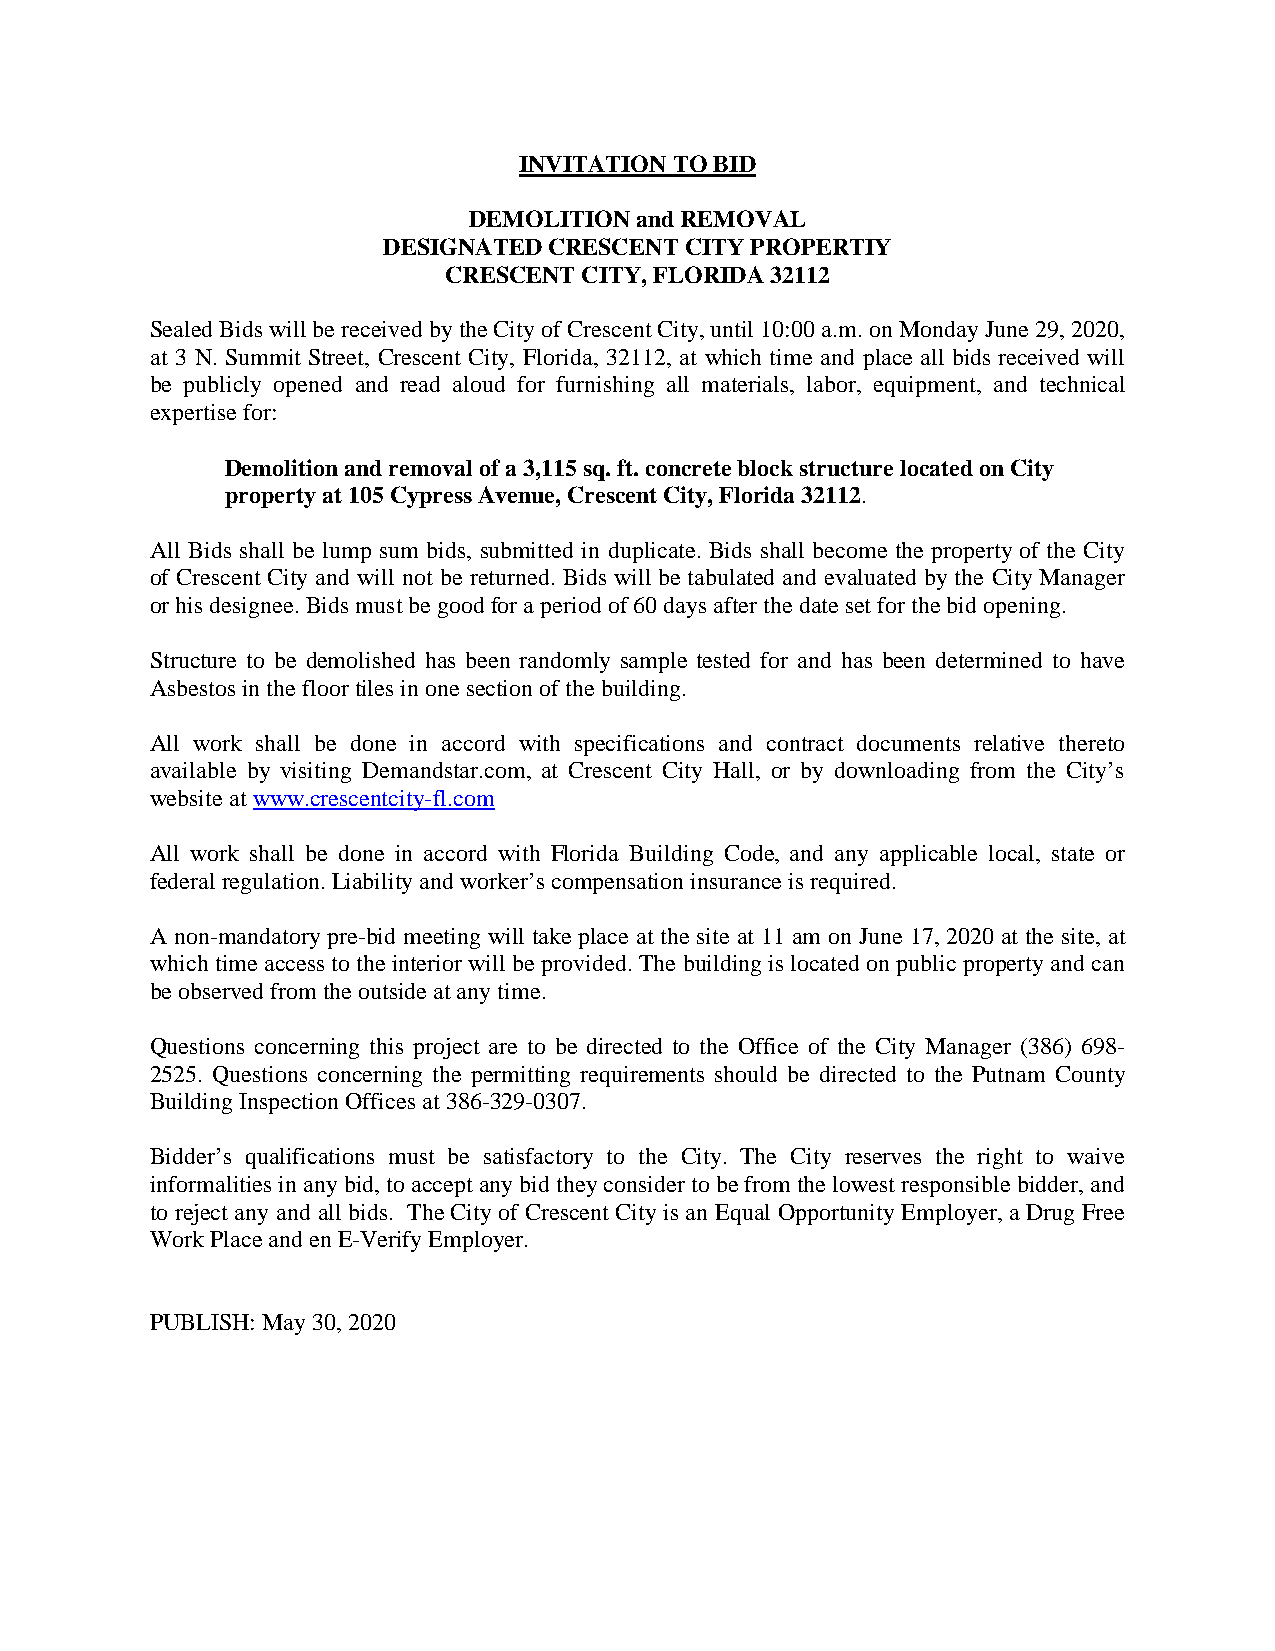
INVITATION TO BID
 DEMOLITION and REMOVAL
 DESIGNATED CRESCENT CITY PROPERTIY
 CRESCENT CITY, FLORIDA 32112
 Sealed Bids will be received by the City of Crescent City, until 10:00 a.m. on Monday June 29, 2020,
 at 3 N. Summit Street, Crescent City, Florida, 32112, at which time and place all bids received will
 be publicly opened and read aloud for furnishing all materials, labor, equipment, and technical
 expertise for:
 Demolition and removal of a 3,115 sq. ft. concrete block structure located on City
 property at 105 Cypress Avenue, Crescent City, Florida 32112.
 All Bids shall be lump sum bids, submitted in duplicate. Bids shall become the property of the City
 of Crescent City and will not be returned. Bids will be tabulated and evaluated by the City Manager
 or his designee. Bids must be good for a period of 60 days after the date set for the bid opening.
 Structure to be demolished has been randomly sample tested for and has been determined to have
 Asbestos in the floor tiles in one section of the building.
 All work shall be done in accord with specifications and contract documents relative thereto
 available by visiting Demandstar.com, at Crescent City Hall, or by downloading from the City’s
 website at www.crescentcity-fl.com
 All work shall be done in accord with Florida Building Code, and any applicable local, state or
 federal regulation. Liability and worker’s compensation insurance is required.
 A non-mandatory pre-bid meeting will take place at the site at 11 am on June 17, 2020 at the site, at
 which time access to the interior will be provided. The building is located on public property and can
 be observed from the outside at any time.
 Questions concerning this project are to be directed to the Office of the City Manager (386) 698-
 2525. Questions concerning the permitting requirements should be directed to the Putnam County
 Building Inspection Offices at 386-329-0307.
 Bidder’s qualifications must be satisfactory to the City. The City reserves the right to waive
 informalities in any bid, to accept any bid they consider to be from the lowest responsible bidder, and
 to reject any and all bids. The City of Crescent City is an Equal Opportunity Employer, a Drug Free
 Work Place and en E-Verify Employer.
 PUBLISH: May 30, 2020